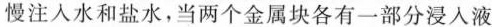
慢注入水和盐水，当两个金属块各有一部分浸入液